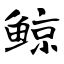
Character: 鲸